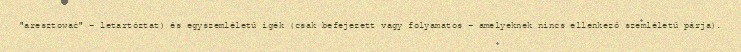
"aresztować" – letartóztat) és egyszemléletű igék (csak befejezett vagy folyamatos – amelyeknek nincs ellenkező szemléletű párja).